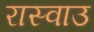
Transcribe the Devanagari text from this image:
रास्वाउ